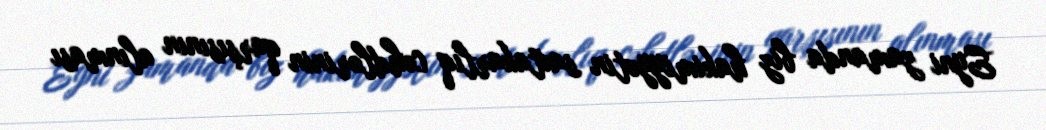
Eyni zamanda biz hakimiyyətin saxtakarlıq cəhdlərinin qarşısının alınması